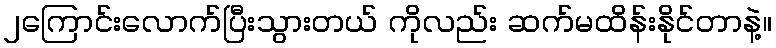
၂ကြောင်းလောက်ပြီးသွားတယ် ကိုလည်း ဆက်မထိန်းနိုင်တာနဲ့။